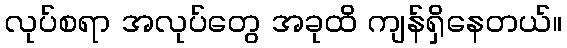
လုပ်စရာ အလုပ်တွေ အခုထိ ကျန်ရှိနေတယ်။